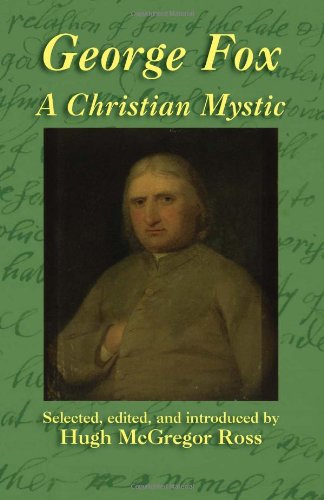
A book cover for George Fox: A Christian Mystic; George Fox; Christian Books & Bibles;